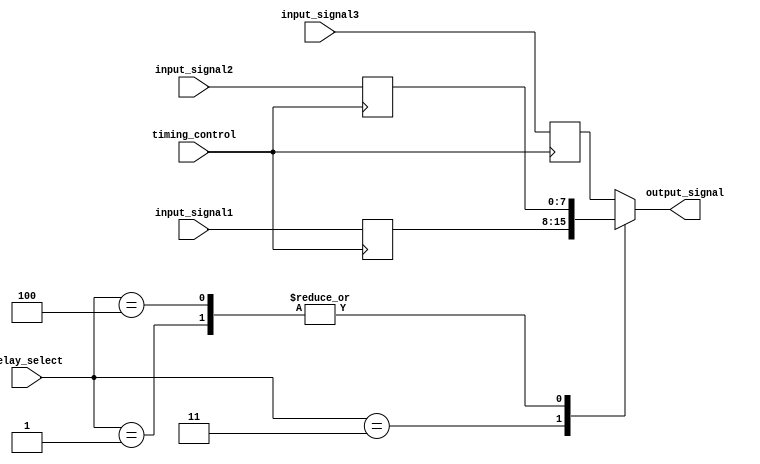
module Multiplexer_Delay (
    input wire [7:0] input_signal1,
    input wire [7:0] input_signal2,
    input wire [7:0] input_signal3,
    input wire timing_control,
    input wire [2:0] delay_select,
    output reg [7:0] output_signal
);

reg [7:0] delayed_signal1;
reg [7:0] delayed_signal2;
reg [7:0] delayed_signal3;

always @ (posedge timing_control) begin
    case (delay_select)
        3'b000: begin
            delayed_signal1 <= input_signal1;
            delayed_signal2 <= input_signal2;
            delayed_signal3 <= input_signal3;
        end
        3'b001: begin
            delayed_signal1 <= #1 input_signal1;
            delayed_signal2 <= #1 input_signal2;
            delayed_signal3 <= #1 input_signal3;
        end
        3'b010: begin
            delayed_signal1 <= #2 input_signal1;
            delayed_signal2 <= #2 input_signal2;
            delayed_signal3 <= #2 input_signal3;
        end
        3'b011: begin
            delayed_signal1 <= #3 input_signal1;
            delayed_signal2 <= #3 input_signal2;
            delayed_signal3 <= #3 input_signal3;
        end
        3'b100: begin
            delayed_signal1 <= #4 input_signal1;
            delayed_signal2 <= #4 input_signal2;
            delayed_signal3 <= #4 input_signal3;
        end
        default: begin
            delayed_signal1 <= input_signal1;
            delayed_signal2 <= input_signal2;
            delayed_signal3 <= input_signal3;
        end
    endcase
end

always @* begin
    case (delay_select)
        3'b000: output_signal = {delayed_signal1, delayed_signal2, delayed_signal3};
        3'b001: output_signal = {delayed_signal1, delayed_signal3, delayed_signal2};
        3'b010: output_signal = {delayed_signal2, delayed_signal1, delayed_signal3};
        3'b011: output_signal = {delayed_signal2, delayed_signal3, delayed_signal1};
        3'b100: output_signal = {delayed_signal3, delayed_signal1, delayed_signal2};
        default: output_signal = {delayed_signal1, delayed_signal2, delayed_signal3};
    endcase
end

endmodule